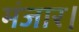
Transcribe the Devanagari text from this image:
मंजार।